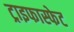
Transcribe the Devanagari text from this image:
ट्राइफास्फेट